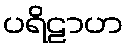
ပရိဠာဟ